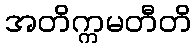
အတိက္ကမတီတိ